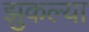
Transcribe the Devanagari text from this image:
झुकल्या